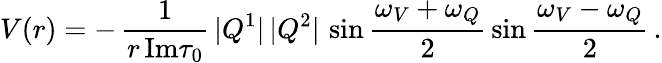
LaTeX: V(r)=-\, \frac{1}{r\, \mathrm{Im}\tau_{0}}\, |Q^{1}|\, |Q^{2}|\, \sin\frac{\omega_{V}+\omega_{Q}}{2}\, \sin\frac{\omega_{V}-\omega_{Q}}{2}\, .